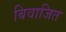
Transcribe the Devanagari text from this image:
बिवाजित